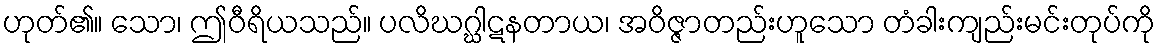
ဟုတ်၏။ သော၊ ဤဝီရိယသည်။ ပလိဃဂ္ဃါဋနတာယ၊ အဝိဇ္ဇာတည်းဟူသော တံခါးကျည်းမင်းတုပ်ကို